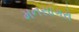
મનસાગરો